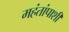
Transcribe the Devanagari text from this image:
महंतांपाशी